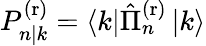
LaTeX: P_{n|k}^{\mathrm{(r)}}=\left\langle k\right|\hat{\Pi}_{n}^{\mathrm{(r)}}\left|k\right\rangle